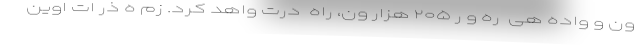
ون و واده ھی  ره و ر ۲۰۵ ھزار ون، راه  درت واھد کرد. زم ه ذر ات اوین